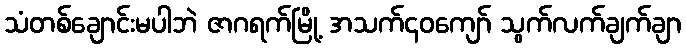
သံတစ်ချောင်းမပါဘဲ ဇာဂရက်မြို့ အသက်၄၀ကျော် သွက်လက်ချက်ချာ